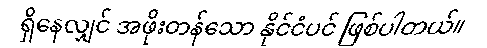
ရှိနေလျှင် အဖိုးတန်သော နိုင်ငံပင် ဖြစ်ပါတယ်။